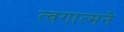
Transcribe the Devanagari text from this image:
त्वगात्मने